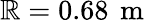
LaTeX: \mathbb{R}=0.68\, \mathrm{{~m~}}